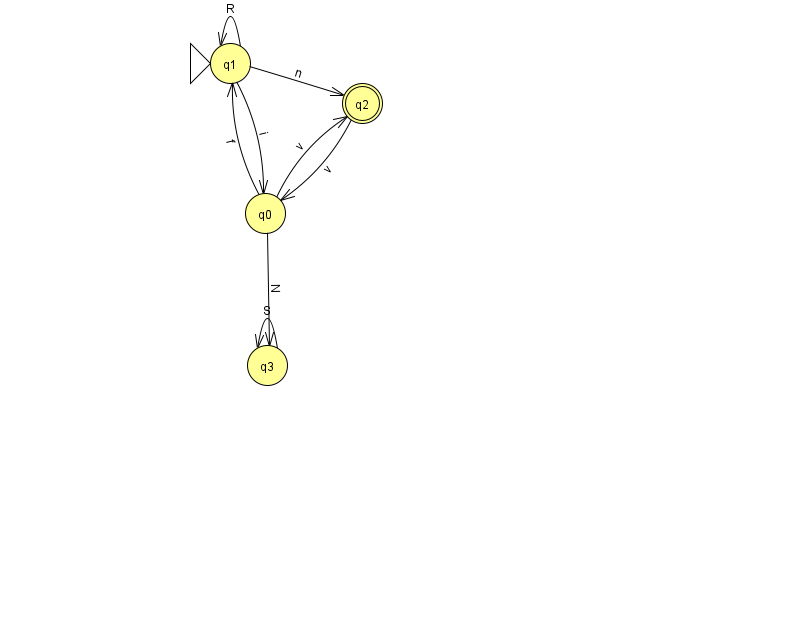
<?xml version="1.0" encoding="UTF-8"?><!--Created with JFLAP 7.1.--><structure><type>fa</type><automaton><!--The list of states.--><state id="0" name="q0"><x>265.0</x><y>200.0</y></state><state id="1" name="q1"><x>230.0</x><y>50.0</y><initial/></state><state id="2" name="q2"><x>362.0</x><y>90.0</y><final/></state><state id="3" name="q3"><x>267.0</x><y>352.0</y></state><!--The list of transitions.--><transition><from>1</from><to>1</to><read>R</read></transition><transition><from>3</from><to>3</to><read>S</read></transition><transition><from>1</from><to>0</to><read>i</read></transition><transition><from>0</from><to>1</to><read>f</read></transition><transition><from>0</from><to>2</to><read>v</read></transition><transition><from>2</from><to>0</to><read>v</read></transition><transition><from>0</from><to>3</to><read>N</read></transition><transition><from>1</from><to>2</to><read>n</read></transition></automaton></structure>